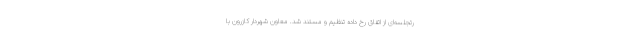
رتجلسه‌ای از اتفاق رخ داده تنظیم و مستند شد. معاون شهردار کازرون با